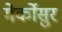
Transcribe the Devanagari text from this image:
मेर्कोसुर